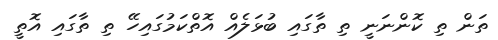
ތަން ތި ކޮންނަނީ ތި ތާގައި ބުޅަލެއް އޮތްކަމުގައިހޭ ތި ތާގައި އޮތީ